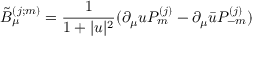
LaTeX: \tilde { B } _ { \mu } ^ { ( j ; m ) } = \frac { 1 } { 1 + | u | ^ { 2 } } ( \partial _ { \mu } u P _ { m } ^ { ( j ) } - \partial _ { \mu } \bar { u } P _ { - m } ^ { ( j ) } )